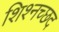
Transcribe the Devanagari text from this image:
शिश्नच्छद